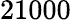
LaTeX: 21000